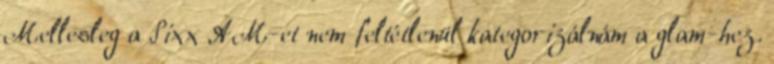
Mellesleg a Sixx AM-et nem feltétlenül kategorizálnám a glam-hez.